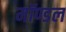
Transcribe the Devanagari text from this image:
मॉण्डल